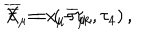
LaTeX: \overline { { { X } } } = x _ { \mu } \overline { { { \tau } } } _ { \mu } , \hspace { 0 . 3 i n } \overline { { { \tau } } } _ { \mu } = \left( - \tau _ { k } , \tau _ { 4 } \right) ,